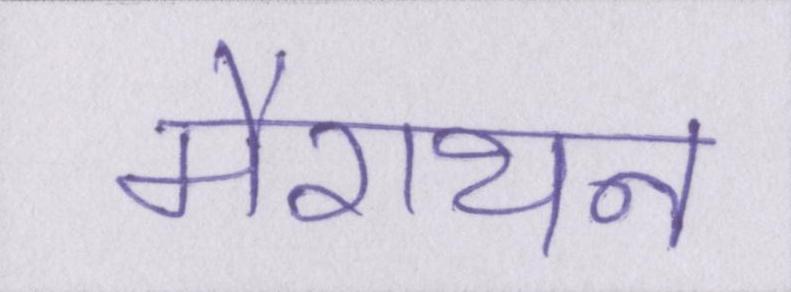
मैराथन